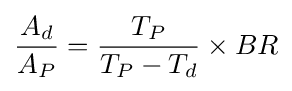
{\frac {A_{d}}{A_{P}}}={\frac {T_{P}}{T_{P}-T_{d}}}\times BR